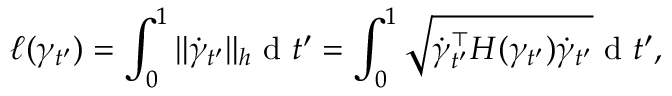
\ell ( \gamma _ { t ^ { \prime } } ) = \int _ { 0 } ^ { 1 } \| \dot { \gamma } _ { t ^ { \prime } } \| _ { h } \mathrm { ~ d ~ } t ^ { \prime } = \int _ { 0 } ^ { 1 } \sqrt { \dot { \gamma } _ { t ^ { \prime } } ^ { \top } H ( \gamma _ { t ^ { \prime } } ) \dot { \gamma } _ { t ^ { \prime } } } \mathrm { ~ d ~ } t ^ { \prime } ,